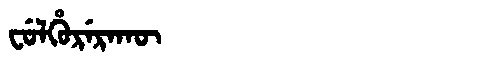
Manchu: ᠸᡠᠯᡥᡠᡵᡝᡵᠠᡴᡡ
Romanization: FULHURERAKŪ